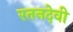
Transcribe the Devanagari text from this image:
रतनदेवी